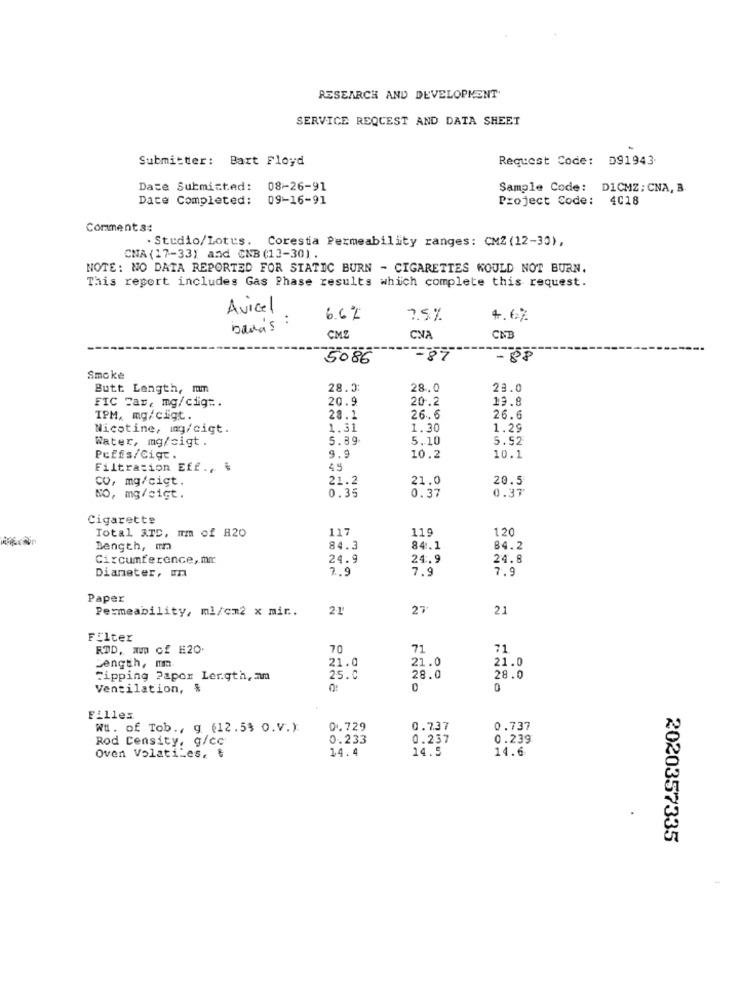
RESEARCH AND DEVELOPMENT
SERVICE REQUEST AND DATA SHEET
Submitter: Bart Floyd
Request Code: 091943
Date Submitted: 08-26-91
Sample Code: D1CMZ: CNA, B
Date Completed: 09-16-91
Project Code: 4018
Comments:
. Studio/Lotus. Coresta Permeability ranges: CMZ (12-30),
CNA (17-33) and CNB (13-30).
NOTE: NO DATA REPORTED FOR STATIC BURN - CIGARETTES WOULD NOT BURN.
This report includes Gas Phase results which complete this request.
Avicel
. .
6.6%
7.5%
4.6%
band's :
CMZ
CNA
CNB
5086
=87
-88
Smoke
Butt Length, mm
28.0:
28.0
28.0
20.9
20.2
13.8
FIC Car, mg/cig =.
IPM, mg/cigt.
28.1
26.6
26.6
Nicotine, mg/cigt.
1.31
1.30
1.29
Water, mg/cigt.
5.89
5.10
5.52
Puffs/Cigr.
3.9
10.2
10.1
Filtration Eff ., *
45
CO, mg/cigt.
21.2
21.0
20.5
0.37
0.37
NO, mg/cigt.
0.35
Cigarette
117
119
120
Total ATD, mm of H20
Bength, m
84.3
84.1
84.2
Circumference, mr
24.9
24.9
24.8
Dianeter, m
2 .
7.9
7.9
Paper
Permeability, ml/cm2 x mir ..
21
27
21
Filter
RTD, mm of E20.
70
71
71
Length, ma.
21.0
21.0
21.0
Tipping Papor Lerqth, am
25.0
28.0
28.0
Ventilation, &
0
0
Filles
Wt. of Tob ., g (12.53 O.V.).
0.729
0.737
0.737
Rod Censity, g/cc
0.233
0.237
0.239
14.4
14.5
14.6
Oven VolatiLes, &
2020357335